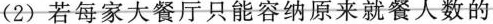
(2)若每家大餐厅只能容纳原来就餐人数的